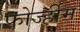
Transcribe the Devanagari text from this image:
फोर्ज्हीम